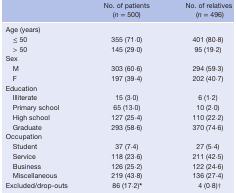
|  | No. of patients (n = 500) | No. of relatives (n = 496) |
 | --- | --- | --- |
 | Age (years) |  |  |
 | ≤ 50 | 355 (71·0) | 401 (80·8) |
 | > 50 | 145 (29·0) | 95 (19·2) |
 | Sex |  |  |
 | M | 303 (60·6) | 294 (59·3) |
 | F | 197 (39·4) | 202 (40·7) |
 | Education |  |  |
 | Illiterate | 15 (3·0) | 6 (1·2) |
 | Primary school | 65 (13·0) | 10 (2·0) |
 | High school | 127 (25·4) | 110 (22·2) |
 | Graduate | 293 (58·6) | 370 (74·6) |
 | Occupation |  |  |
 | Student | 37 (7·4) | 27 (5·4) |
 | Service | 118 (23·6) | 211 (42·5) |
 | Business | 126 (25·2) | 122 (24·6) |
 | Miscellaneous | 219 (43·8) | 136 (27·4) |
 | Excluded/drop‐outs | 86 (17·2)* | 4 (0·8)† |